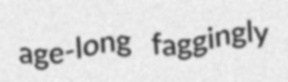
age-long faggingly